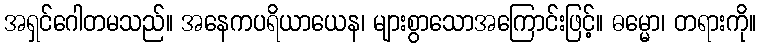
အရှင်ဂေါတမသည်။ အနေကပရိယာယေန၊ များစွာသောအကြောင်းဖြင့်။ ဓမ္မော၊ တရားကို။